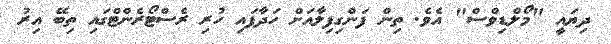
ދިޔައީ "މޯލްޑިވްސް" އެވެ. ތިން ފަންގިފިލާއަށް ހަދާފައި ހުރި ރެސްޓޯރެންޓްގައި ތިބޭ އިރު